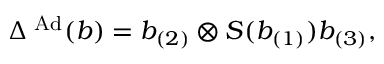
\Delta ^ { \mathrm { \scriptsize ~ A d } } ( b ) = b _ { ( 2 ) } \otimes S ( b _ { ( 1 ) } ) b _ { ( 3 ) } ,